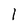
Character: 1